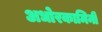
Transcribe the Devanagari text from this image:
अधोरकामिनी